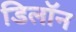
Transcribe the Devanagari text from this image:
डिलॉन